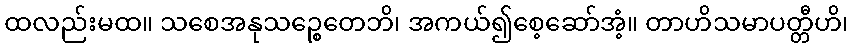
ထလည်းမထ။ သစေအနုသဉ္စေတေဘိ၊ အကယ်၍စေ့ဆော်အံ့။ တာဟိသမာပတ္တီဟိ၊